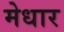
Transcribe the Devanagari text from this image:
मेधार